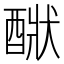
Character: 𨡧